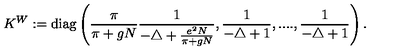
K ^ { W } : = \mathrm { d i a g } \left( \frac { \pi } { \pi + g N } \frac { 1 } { - \triangle + \frac { e ^ { 2 } N } { \pi + g N } } , \frac { 1 } { - \triangle + 1 } , . . . . , \frac { 1 } { - \triangle + 1 } \right) .